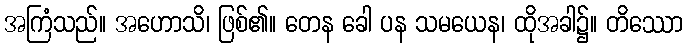
အကြံသည်။ အဟောသိ၊ ဖြစ်၏။ တေန ခေါ ပန သမယေန၊ ထိုအခါ၌။ တိဿော